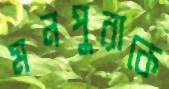
মনপুরাকে